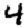
Digit: 4